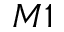
M 1